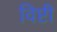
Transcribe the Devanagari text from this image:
विष्टी